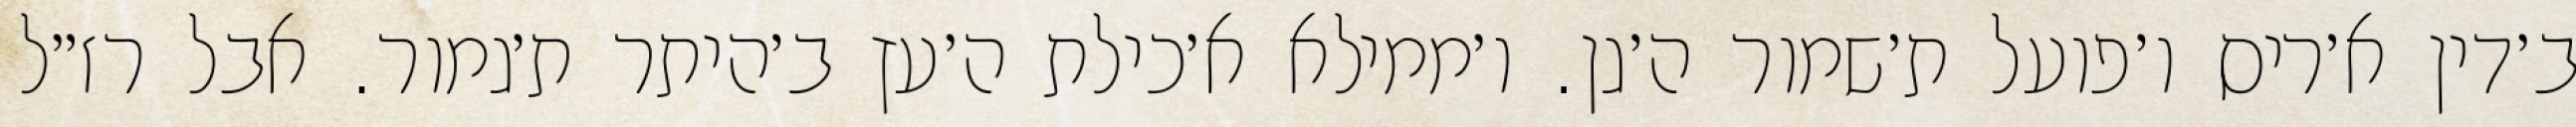
ב׳דין א׳ריס ו׳פועל ת׳שמור ה׳גן. ו׳ממילא א׳כילת ה׳עץ ב׳היתר ת׳גמור. אבל רז״ל